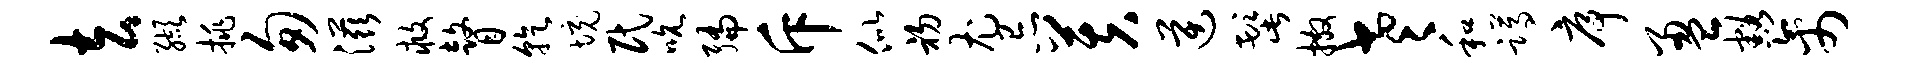
去缬挑匆滋救瞽乾境民吮编斥似初尤忌芙逆髭撒老和蹲序盈豁禽